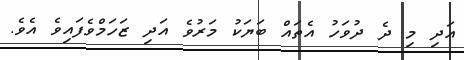
އަދި މި ދެ ދުވަހު އެތައް ބަޔަކު މަރުވެ އަދި ޒަހަމްވެފައިވެ އެވެ.